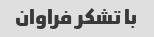
با تشکر فراوان